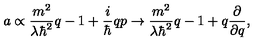
a \propto \frac { m ^ { 2 } } { \lambda \hbar ^ { 2 } } q - 1 + \frac { i } { \hbar } q p \rightarrow \frac { m ^ { 2 } } { \lambda \hbar ^ { 2 } } q - 1 + q \frac { \partial } { \partial q } ,